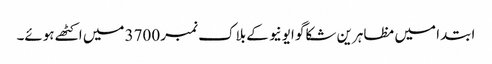
ابتدا میں مظاہرین شکاگو ایونیو کے بلاک نمبر 3700 میں اکٹھے ہوئے۔